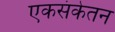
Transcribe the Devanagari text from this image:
एकसंकेतन